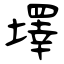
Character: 墿